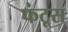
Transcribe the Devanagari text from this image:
फंटूस